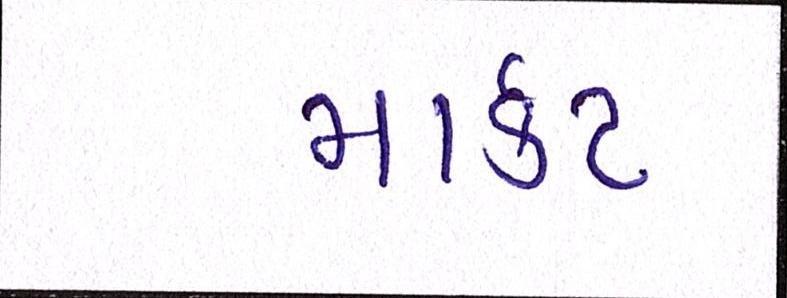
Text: માર્ક઼ટ